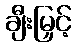
ချီးမြှင့်